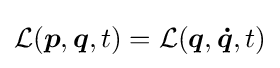
{\mathcal {L}}({\boldsymbol {p}},{\boldsymbol {q}},t)={\mathcal {L}}({\boldsymbol {q}},{\boldsymbol {\dot {q}}},t)